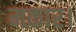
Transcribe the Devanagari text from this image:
मकार।